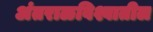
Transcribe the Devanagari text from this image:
अंतराळविश्वातील